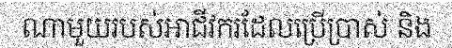
ណាមួយរបស់អាជីវករដែលប្រើប្រាស់ និង